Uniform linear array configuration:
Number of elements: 48
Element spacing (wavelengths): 1
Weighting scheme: hann
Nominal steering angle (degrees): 0
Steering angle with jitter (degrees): -1.793
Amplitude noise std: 0.05
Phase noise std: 0.05

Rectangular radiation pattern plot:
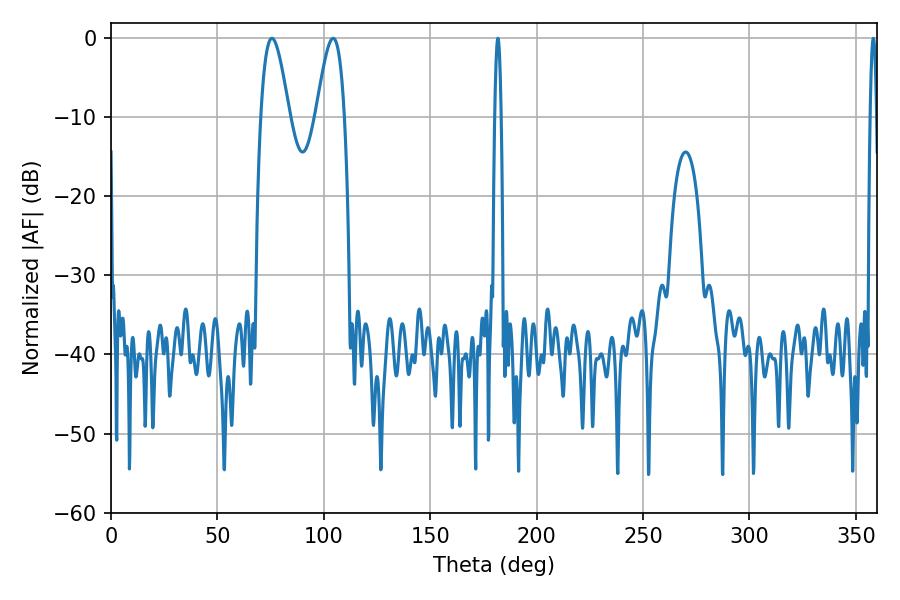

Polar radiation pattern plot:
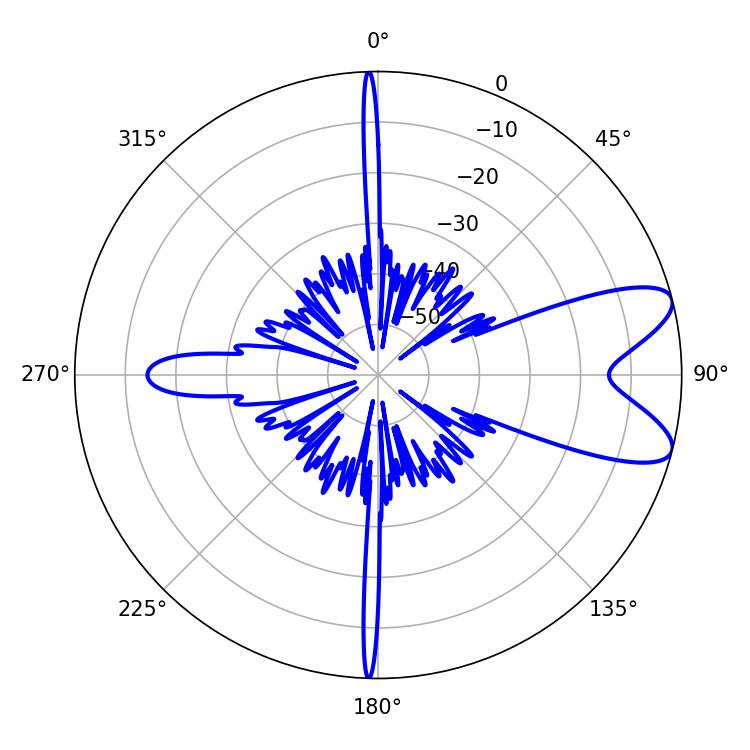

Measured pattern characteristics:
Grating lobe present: TRUE
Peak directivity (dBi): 8.756
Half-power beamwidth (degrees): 1.44
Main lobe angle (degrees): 181.8